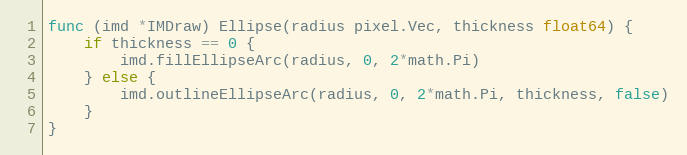
Language: Go
func (imd *IMDraw) Ellipse(radius pixel.Vec, thickness float64) {
	if thickness == 0 {
		imd.fillEllipseArc(radius, 0, 2*math.Pi)
	} else {
		imd.outlineEllipseArc(radius, 0, 2*math.Pi, thickness, false)
	}
}